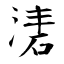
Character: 湱